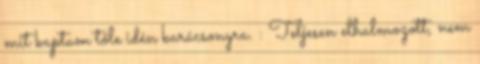
mit kaptam tőle idén karácsonyra. : Teljesen elhalmozott, nem